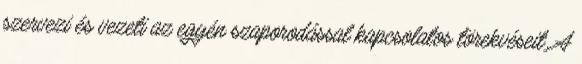
szervezi és vezeti az egyén szaporodással kapcsolatos törekvéseit. A